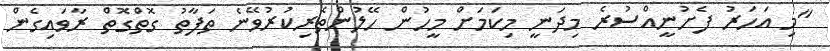
"މި އަހަރު ފެށުނީއްސުރެ މިދަނީ މިކަމަށް މީހުން ހޭލުންތެރިކުރުވޭނެ ތަފާތު ގޮތްގޮތް ރާވައިގެން